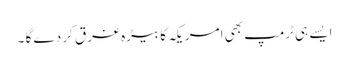
ایسے ہی ٹرمپ بھی امریکہ کا بیڑہ غرق کر دے گا ۔